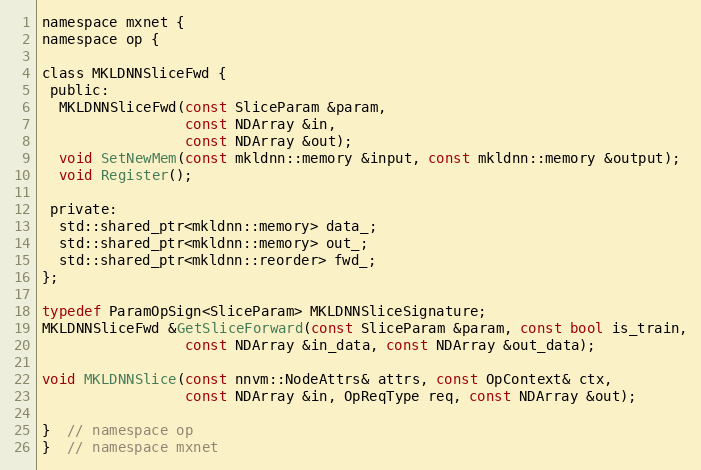
Language: C
namespace mxnet {
namespace op {

class MKLDNNSliceFwd {
 public:
  MKLDNNSliceFwd(const SliceParam &param,
                 const NDArray &in,
                 const NDArray &out);
  void SetNewMem(const mkldnn::memory &input, const mkldnn::memory &output);
  void Register();

 private:
  std::shared_ptr<mkldnn::memory> data_;
  std::shared_ptr<mkldnn::memory> out_;
  std::shared_ptr<mkldnn::reorder> fwd_;
};

typedef ParamOpSign<SliceParam> MKLDNNSliceSignature;
MKLDNNSliceFwd &GetSliceForward(const SliceParam &param, const bool is_train,
                 const NDArray &in_data, const NDArray &out_data);

void MKLDNNSlice(const nnvm::NodeAttrs& attrs, const OpContext& ctx,
                 const NDArray &in, OpReqType req, const NDArray &out);

}  // namespace op
}  // namespace mxnet